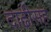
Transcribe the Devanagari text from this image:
दाढीसह